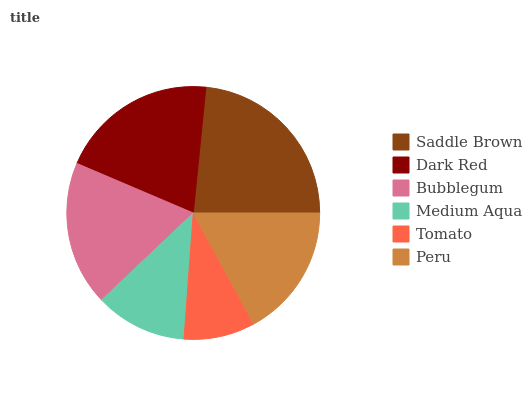
| Saddle Brown | Dark Red | Bubblegum | Medium Aqua | Tomato | Peru |
 | --- | --- | --- | --- | --- | --- |
 | 23.4% | 20.2% | 18.5% | 11.8% | 9.11% | 17% |